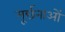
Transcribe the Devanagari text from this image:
मूर्छनाओं